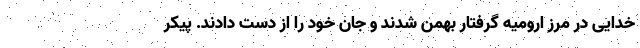
خدایی در مرز ارومیه گرفتار بهمن شدند و جان خود را از دست دادند. پیکر